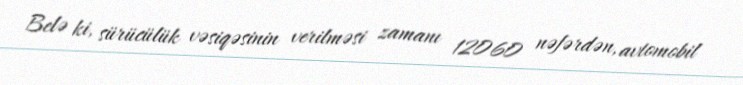
Belə ki, sürücülük vəsiqəsinin verilməsi zamanı 12060 nəfərdən, avtomobil